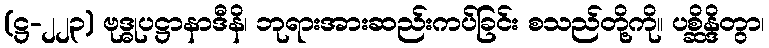
(ဋ္ဌ-၂၂၃) ဗုဒ္ဓုပဋ္ဌာနာဒီနိ၊ ဘုရားအားဆည်းကပ်ခြင်း စသည်တို့ကို။ ပစ္ဆိန္ဒိတွာ၊